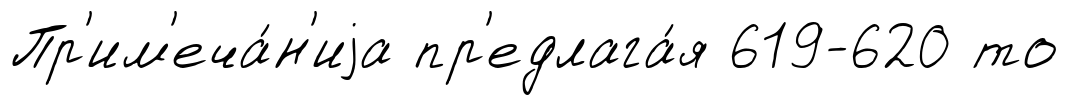
Пр'им'еча́н'иjа пр'едлага́я 619-620 то